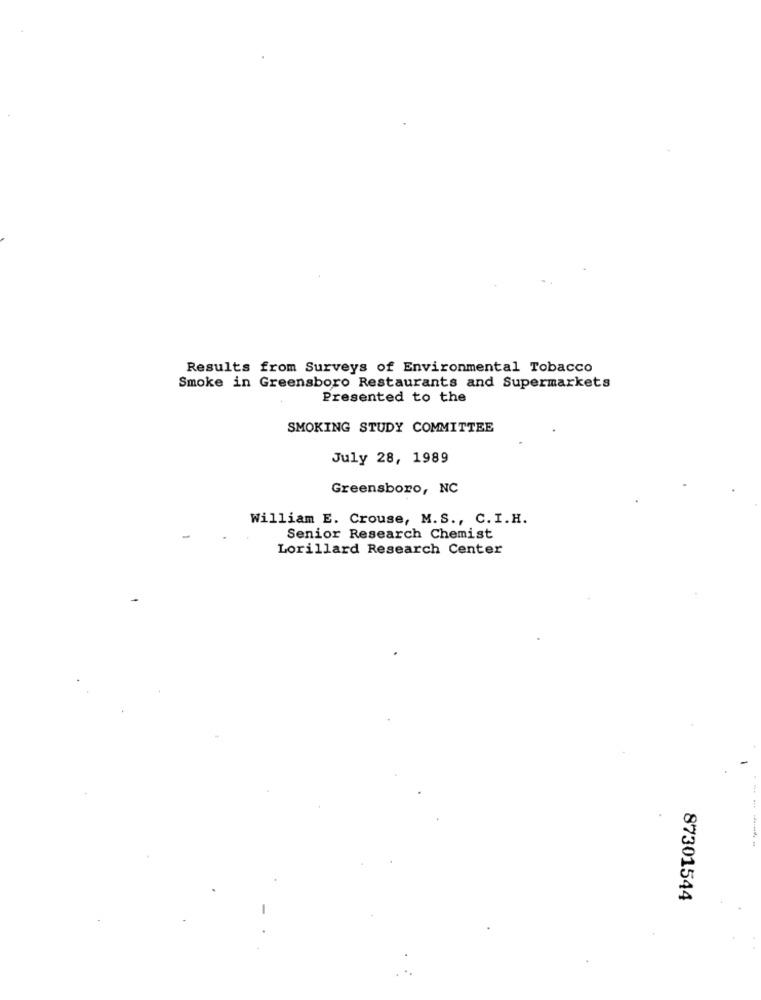
Results from Surveys of Environmental Tobacco
Smoke in Greensboro Restaurants and Supermarkets
Presented to the
SMOKING STUDY COMMITTEE
July 28, 1989
Greensboro, NC
William E. Crouse, M.S ., C.I.H.
Senior Research Chemist
Lorillard Research Center
87301544